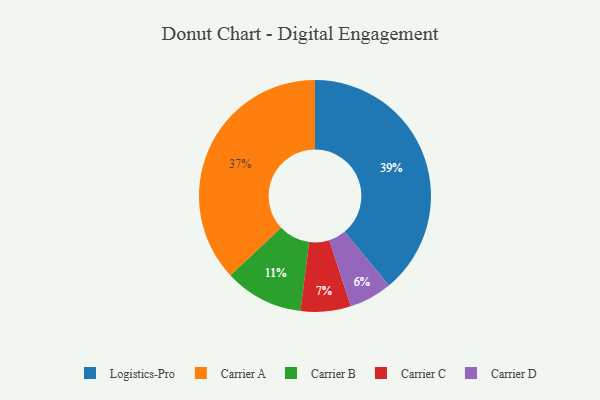
{"axis": {"x": "Category", "y": "Percentage"}, "legend": ["Carrier A", "Carrier B", "Carrier C", "Carrier D", "Logistics-Pro"], "data": [{"x": "Logistics-Pro", "y": 39, "type": "Logistics-Pro"}, {"x": "Carrier D", "y": 6, "type": "Carrier D"}, {"x": "Carrier B", "y": 11, "type": "Carrier B"}, {"x": "Carrier A", "y": 37, "type": "Carrier A"}, {"x": "Carrier C", "y": 7, "type": "Carrier C"}]}